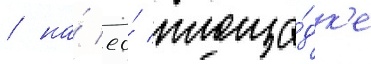
/ на́ ео́ площа́дк'е